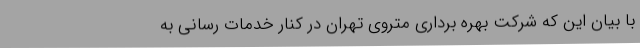
با بیان این که شرکت بهره برداری متروی تهران در کنار خدمات رسانی به